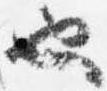
也